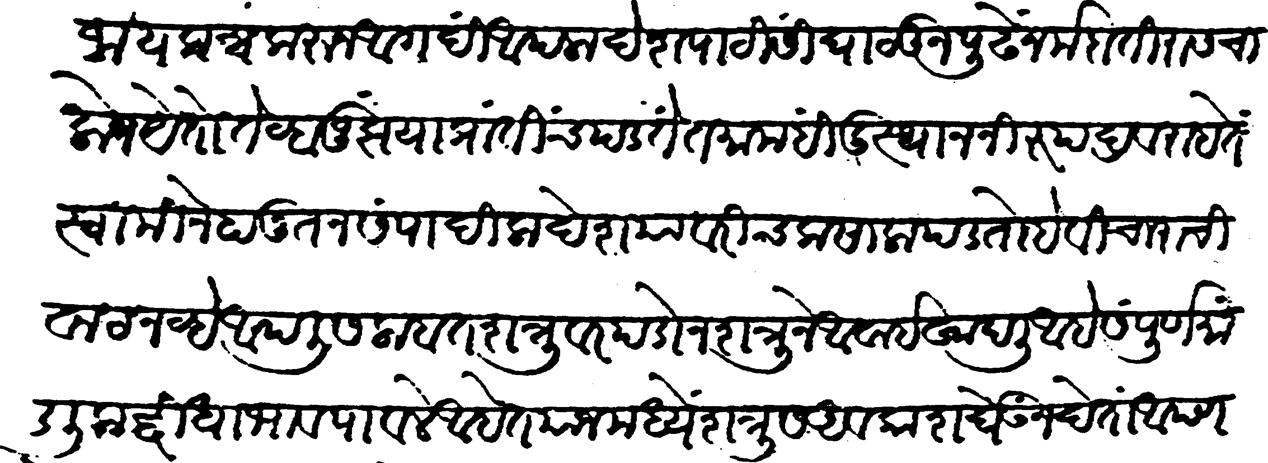
Transliteration (Devanagari): फौजा एकत्र करून अगदीं आपला देश पाठीसीं घालून पुढे नर्मदा तीरास चालोन येतो तेव्हा जूझ या प्रांतींच पडतें तमाम हिंदुस्थान निरुपद्रव राहतें स्वामीने हा नूतन संपादिला देश यावरीच कसाला पडतो हे विचाराची वाट नव्हे आपली सलाबत शत्रूवर पडोन शत्रूने अवाई खादली आहे संपूर्ण मांडलिक द्विधाभाव पावले आहेत याजमध्यें शत्रूस अवकाश घेऊ न देता आपण